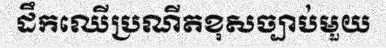
ដឹកឈើប្រណីតខុសច្បាប់មួយ